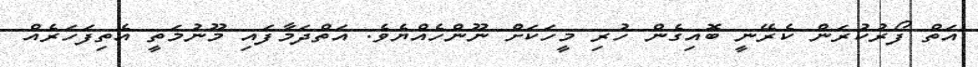
އަތް ފޯރުކުރަން ކެރޭނީ ބޮއިގެން ހުރި މީހަކަށް ނޫންހެއްޔެވެ. އަތްދަމާފައި މޫނުމަތީ އެތިފަހަރެއް